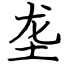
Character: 垄